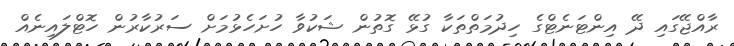
ރާއްޖޭގައި ދޭ އިންޓަނެޓްގެ ހިދުމަތްތަކާ ގުޅޭ ގޮތުން ޝަކުވާ ހުށަހެޅުމަށް ސަރުކާރުން ހޮޓްލައިނެއް